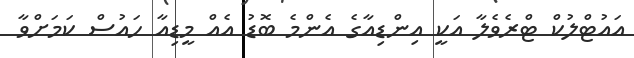
އައުޓްލުކް ޓްރެވެލާ އަކީ އިންޑިއާގެ އެންމެ ބޮޑު އެއް މީޑިއާ ހައުސް ކަމަށްވާ